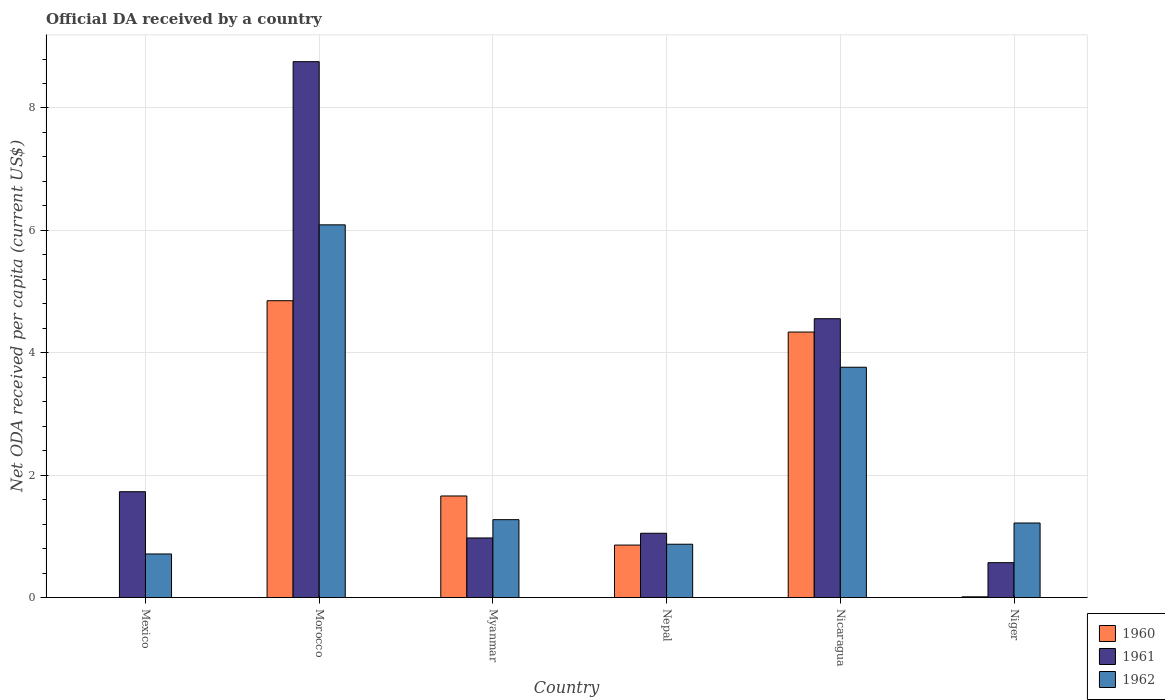
| Country | 1960 | 1961 | 1962 |
 | --- | --- | --- | --- |
 | Mexico | -0.0574 | 1.73 | 0.712 |
 | Morocco | 4.85 | 8.76 | 6.09 |
 | Myanmar | 1.66 | 0.974 | 1.27 |
 | Nepal | 0.857 | 1.05 | 0.871 |
 | Nicaragua | 4.34 | 4.56 | 3.76 |
 | Niger | 0.0118 | 0.57 | 1.22 |